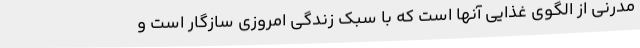
مدرنی از الگوی غذایی آنها است که با سبک زندگی امروزی سازگار است و